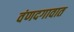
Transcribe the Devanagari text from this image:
वंणदगावात